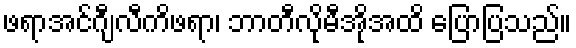
ဖရာအင်ဂျီလီကိဖရာ၊ ဘာတီလိုမီအိုအထိ ပြောပြသည်။